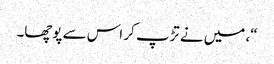
“، میں نے تڑپ کر اس سے پوچھا۔